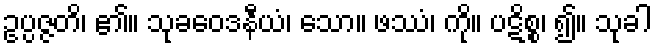
ဥပ္ပဇ္ဇတိ၊ ၏။ သုခဝေဒနီယံ၊ သော။ ဖဿံ၊ ကို။ ပဋိစ္စ၊ ၍။ သုခါ